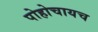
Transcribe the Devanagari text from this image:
पोहोचायच